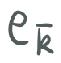
$e_{\overline{k}}$